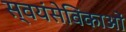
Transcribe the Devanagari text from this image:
स्वयंसेविकाओं